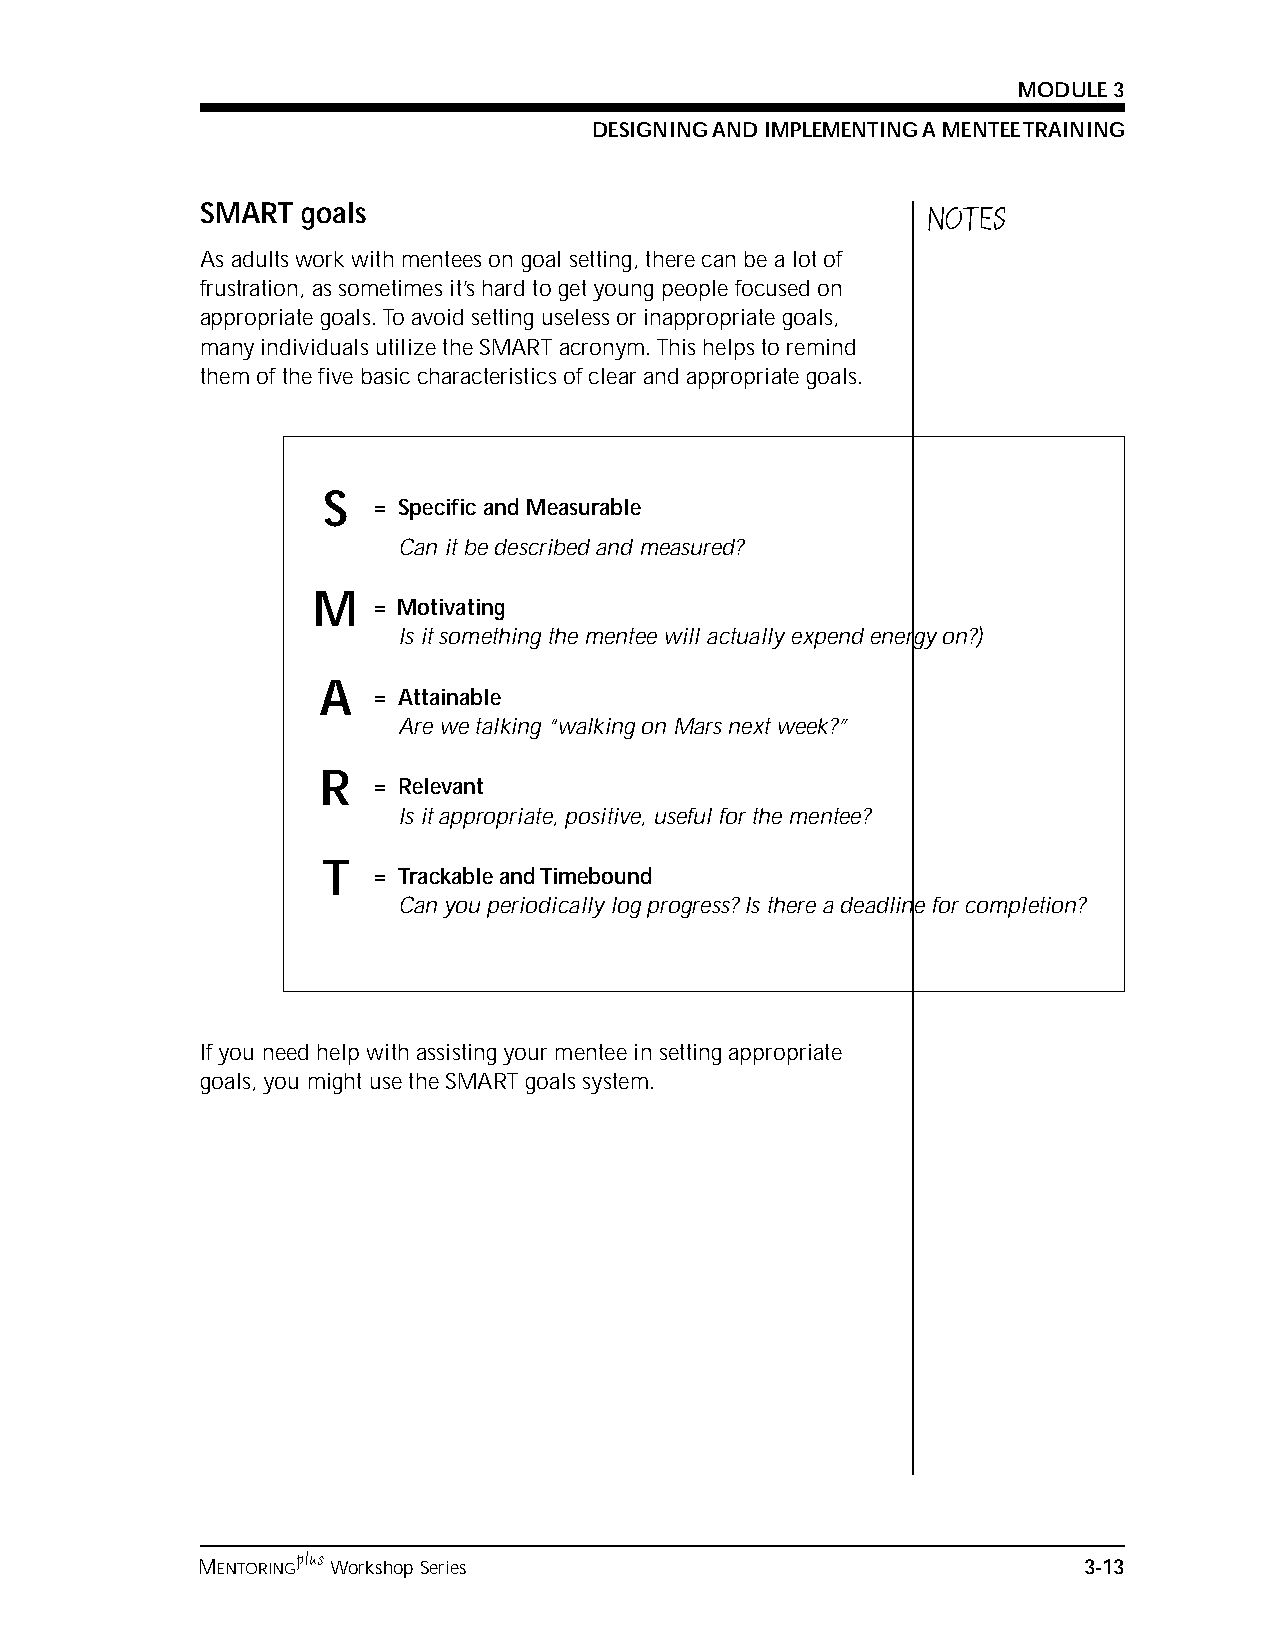
MODULE 3
 DESIGNING AND IMPLEMENTING A MENTEE TRAINING
 SMART  goals                                    NOTES
 As adults work with mentees on goal setting, there can be a lot of
 frustration, as sometimes it’s hard to get young people focused on
 appropriate goals. To avoid setting useless or inappropriate goals,
 many individuals utilize the SMART acronym. This helps to remind
 them of the five basic characteristics of clear and appropriate goals.
 S
 = Specific and Measurable
 Can it be described and measured?
 M
 = Motivating
 Is it something the mentee will actually expend energy on?)
 A
 = Attainable
 Are we talking “walking on Mars next week?”
 R
 = Relevant
 Is it appropriate, positive, useful for the mentee?
 T
 = Trackable and Timebound
 Can you periodically log progress? Is there a deadline for completion?
 If you need help with assisting your mentee in setting appropriate
 goals, you might use the SMART goals system.
 plus
 MENTORING Workshop Series                                  3-13